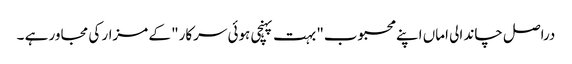
دراصل چاند الی اماں اپنے محبوب" بہت پہنچی ہوئی سرکار" کے مزار کی مجاور ہے ۔